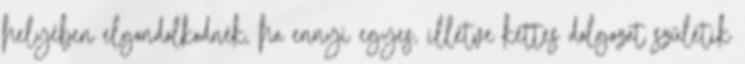
helyében elgondolkodnék, ha ennyi egyes, illetve kettes dolgozat születik